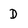
Character: D